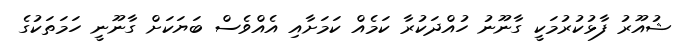
ޝުއޫރު ފާޅުކުރުމަކީ ގާނޫނު ހުއްދަކުރާ ކަމެއް ކަމަށާއި އެއްވެސް ބަޔަކަށް ގާނޫނީ ހަމަތަކުގެ